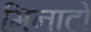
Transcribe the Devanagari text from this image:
मिनाटो